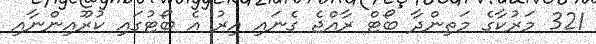
321 މަރުކާގެ މަތިންދާ ބޯޓް ރާއްޖެ ގެނައި އިރު އެ ބޯޓުގައި ކުރޫއިންނާއި